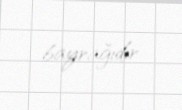
bayrağıdır.